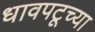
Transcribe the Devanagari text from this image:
धावपटूच्या